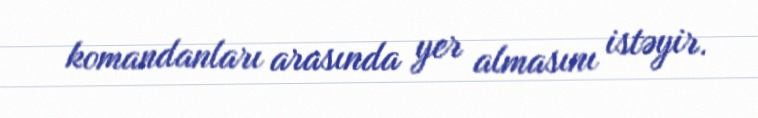
komandanları arasında yer almasını istəyir.